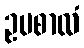
ဥပစာလံ